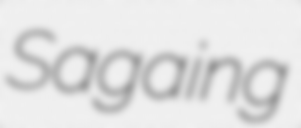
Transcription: Sagaing